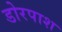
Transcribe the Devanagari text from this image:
डोरपाश